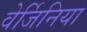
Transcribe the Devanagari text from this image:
वेर्जिनिया